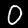
Digit: 0